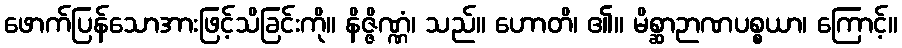
ဖောက်ပြန်သောအားဖြင့်သိခြင်းကို။ နိဇ္ဇိဏ္ဏံ၊ သည်။ ဟောတိ၊ ၏။ မိစ္ဆာဉာဏပစ္စယာ၊ ကြောင့်။